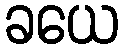
ခယေ